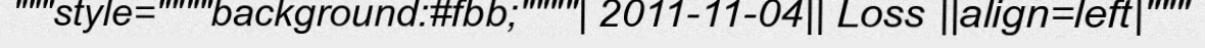
"""style=""""background:#fbb;""""| 2011-11-04|| Loss ||align=left|"""